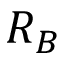
R _ { B }